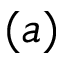
( a )